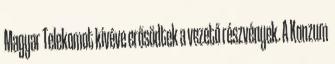
Magyar Telekomot kivéve erősödtek a vezető részvények. A Konzum